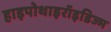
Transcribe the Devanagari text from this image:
हाइपोथाइरॉइडिज्म